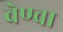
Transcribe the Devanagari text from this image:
वेण्वा